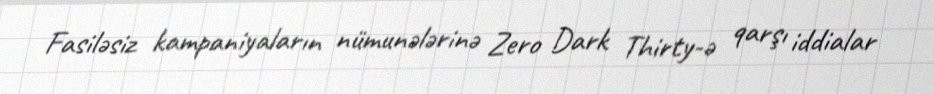
Fasiləsiz kampaniyaların nümunələrinə Zero Dark Thirty-ə qarşı iddialar